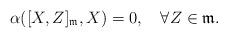
LaTeX: \begin{align*}\alpha([X,Z]_\mathfrak{m},X)=0,\quad\forall Z\in\mathfrak{m}.\end{align*}